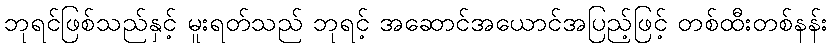
ဘုရင်ဖြစ်သည်နှင့် မူးရတ်သည် ဘုရင့် အဆောင်အယောင်အပြည့်ဖြင့် တစ်ထီးတစ်နန်း